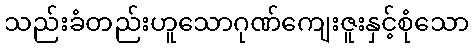
သည်းခံတည်းဟူသောဂုဏ်ကျေးဇူးနှင့်စုံသော